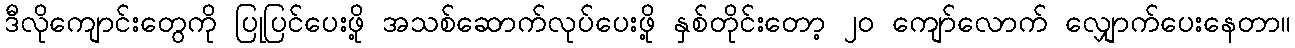
ဒီလိုကျောင်းတွေကို ပြုပြင်ပေးဖို့ အသစ်ဆောက်လုပ်ပေးဖို့ နှစ်တိုင်းတော့ ၂၀ ကျော်လောက် လျှောက်ပေးနေတာ။